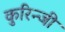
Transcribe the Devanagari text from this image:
कुरिन्‍जी